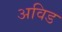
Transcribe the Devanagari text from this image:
अविड